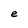
Character: e